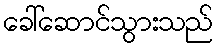
ခေါ်ဆောင်သွားသည်